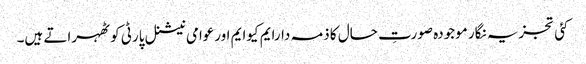
کئی تجزیہ نگار موجودہ صورتِ حال کا ذمہ دارایم کیوایم اورعوامی نیشنل پارٹی کو ٹھہراتے ہیں۔